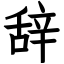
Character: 辞